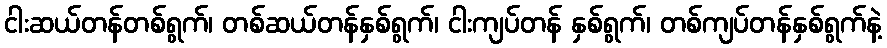
ငါးဆယ်တန်တစ်ရွက်၊ တစ်ဆယ်တန်နှစ်ရွက်၊ ငါးကျပ်တန် နှစ်ရွက်၊ တစ်ကျပ်တန်နှစ်ရွက်နဲ့